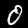
Label: 0